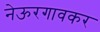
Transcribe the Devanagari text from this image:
नेऊरगावकर